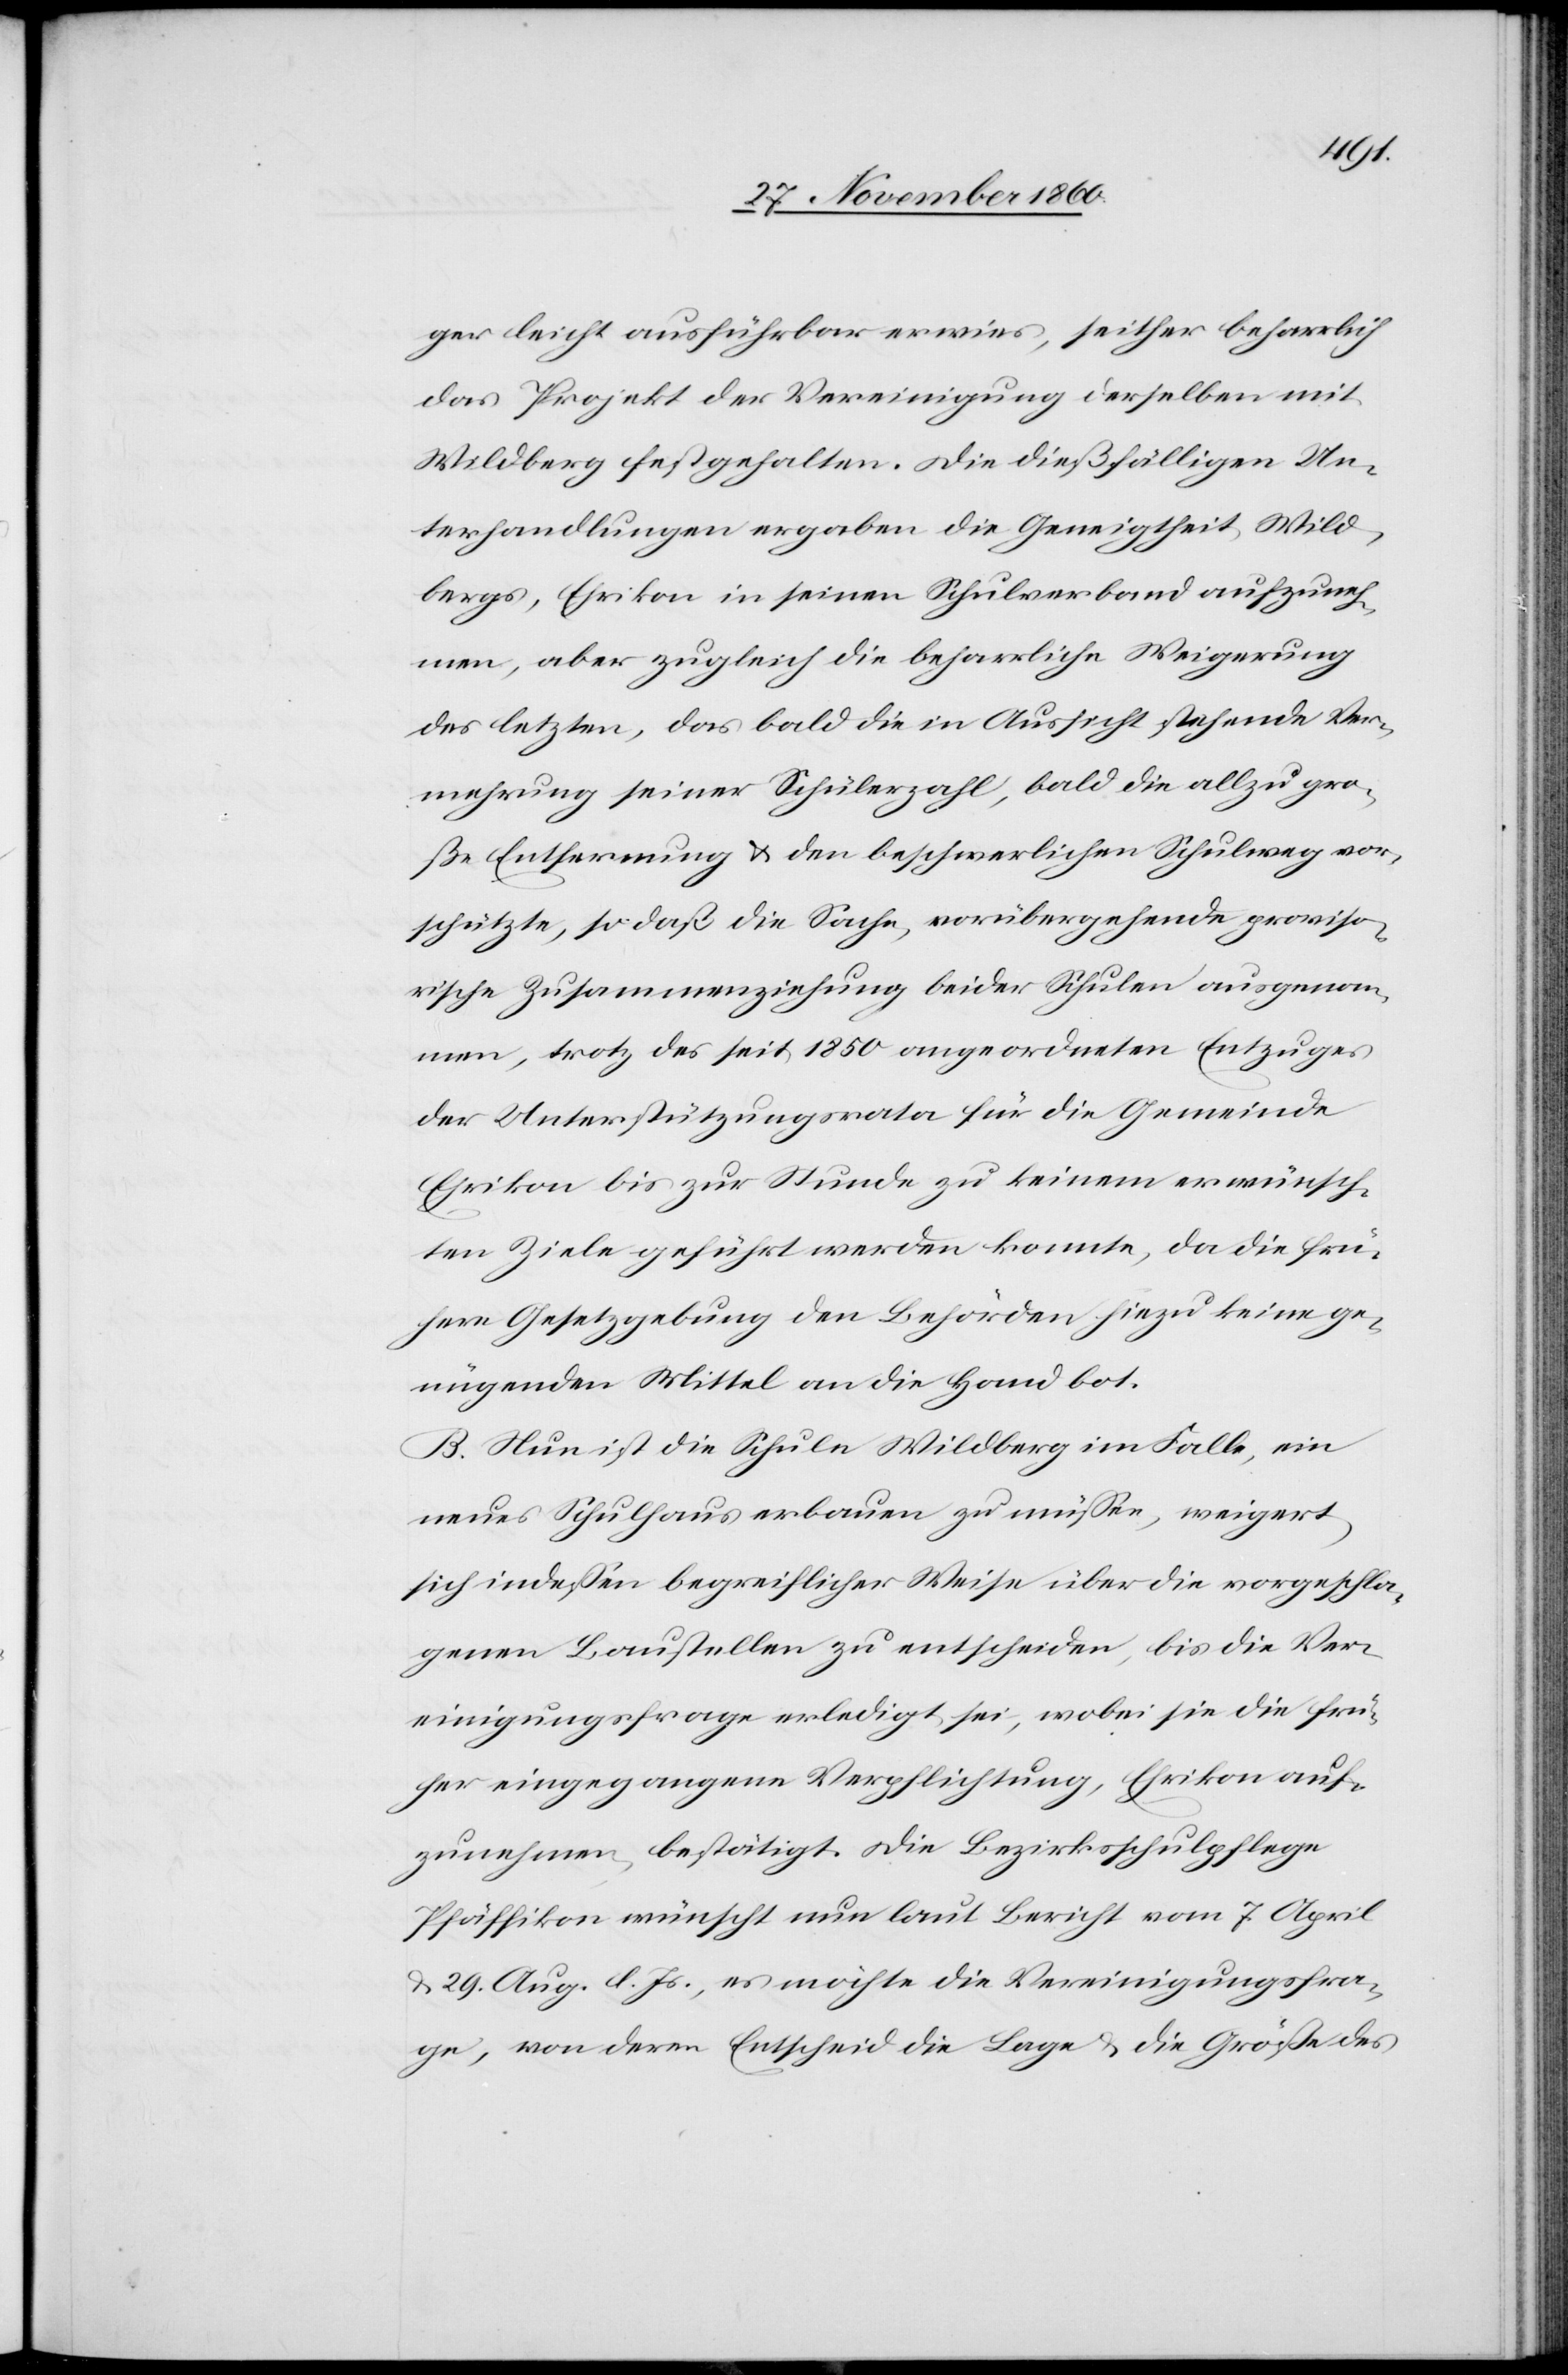
ger leicht ausführbar erwies, seither beharrlich
das Projekt der Vereinigung derselben mit
Wildberg festgehalten. Die dießfälligen Un¬
terhandlungen ergaben die Geneigtheit, Wild¬
bergs, Ehrikon in seinen Schulverband aufzuneh¬
men, aber zugleich die beharrliche Weigerung
des letzten, das bald die in Aussicht stehende Ver¬
mehrung seiner Schülerzahl, bald die allzu gro¬
ße Entfernung u. den beschwerlichen Schulweg vor¬
schützte, so daß die Sache, vorübergehende proviso¬
rische Zusammenziehung beider Schulen ausgenom¬
men, trotz des seit 1850 angeordneten Entzuges
der Unterstützungsrata für die Gemeinde
Ehrikon bis zur Stunde zu keinem erwünsch¬
ten Ziele geführt werden konnte, da die frü¬
here Gesetzgebung den Behörden hiezu keine ge¬
nügenden Mittel an die Hand bot.
B. Nun ist die Schule Wildberg im Falle, ein
neues Schulhaus erbauen zu müssen, weigert
sich indessen begreiflicher Weise über die vorgeschla¬
genen Baustellen zu entscheiden, bis die Ver¬
einigungsfrage erledigt sei, wobei sie die frü¬
her eingegangene Verpflichtung, Ehrikon auf¬
zunehmen, bestätigt. Die Bezirksschulpflege
Pfäffikon wünscht nun laut Bericht vom 7. April
u. 29. Aug. l. Js., es möchte die Vereinigungsfra¬
ge, von deren Entscheid die Lage u. die Größe des